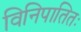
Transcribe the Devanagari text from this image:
विनिपातितः